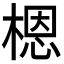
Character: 𬃼